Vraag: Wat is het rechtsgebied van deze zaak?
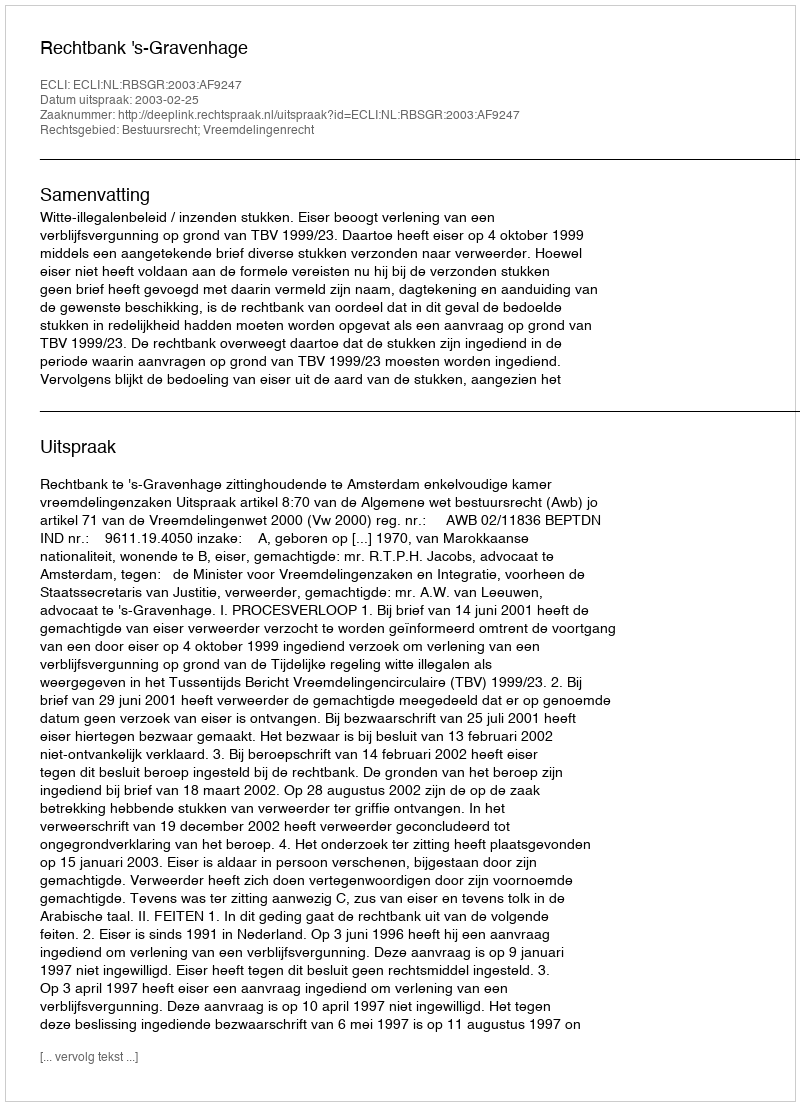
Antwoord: Bestuursrecht; Vreemdelingenrecht